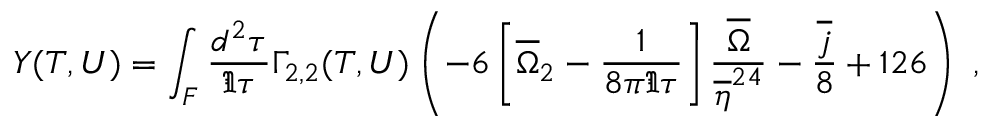
Y ( T , U ) = \int _ { \cal F } \frac { d ^ { 2 } \tau } { \Im \tau } \Gamma _ { 2 , 2 } ( T , U ) \left( - 6 \left[ { \overline { { { \Omega } } } } _ { 2 } ^ { \phantom { 2 } } - \frac { 1 } { 8 \pi \Im \tau } \right] \frac { \overline { { { \Omega } } } } { \overline { { { \eta } } } ^ { 2 4 } } - \frac { \overline { { { j } } } } { 8 } + 1 2 6 \right) \ ,